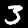
Label: 3